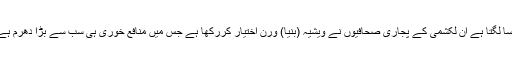
ایسا لگتا ہے ان لکشمی کے پجاری صحافیوں نے ویشیہ (بنیا) ورن اختیار کررکھا ہے جس میں منافع خوری ہی سب سے بڑا دھرم ہے۔